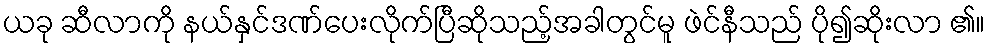
ယခု ဆီလာကို နယ်နှင်ဒဏ်ပေးလိုက်ပြီဆိုသည့်အခါတွင်မူ ဖဲင်နီသည် ပို၍ဆိုးလာ ၏။